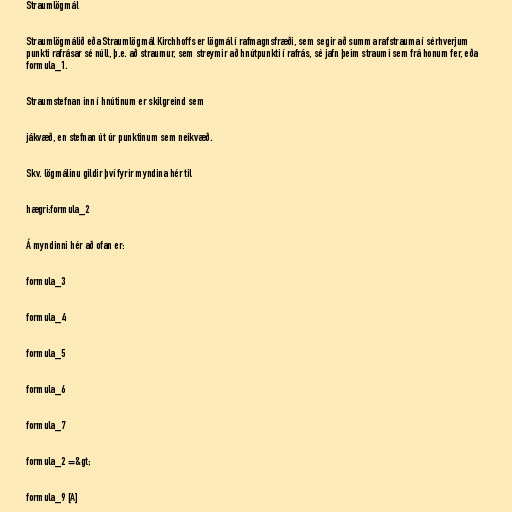
Straumlögmál

Straumlögmálið eða Straumlögmál Kirchhoffs er lögmál í rafmagnsfræði, sem segir að summa rafstrauma í sérhverjum
punkti rafrásar sé núll, þ.e. að straumur, sem streymir að hnútpunkti í rafrás, sé jafn þeim straumi sem frá honum fer, eða
formula_1.

Straumstefnan inn í hnútinum er skilgreind sem

jákvæð, en stefnan út úr punktinum sem neikvæð.

Skv. lögmálinu gildir því fyrir myndina hér til

hægri:formula_2

Á myndinni hér að ofan er:

formula_3

formula_4

formula_5

formula_6

formula_7

formula_2 =&gt;

formula_9 [A]